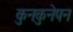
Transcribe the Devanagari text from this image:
कुनकुनेपन